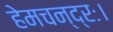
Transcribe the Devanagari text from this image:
हेमचन्द्रः।